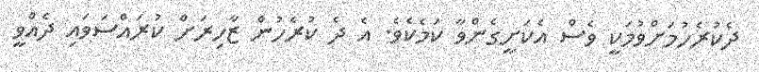
ދެކުރެހުމަށްވުމަކީ ވެސް އެކަށީގެންވާ ކަމެކެވެ. އެ ދެ ކުރެހުން ޒާހިރަށް ކުރައްސަވައި ދެއްވީ